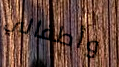
وأطفالي